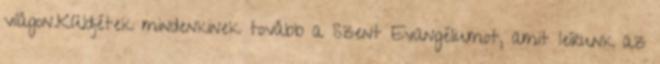
világon.Küldjétek mindenkinek tovább a Szent Evangéliumot, amit leírunk az